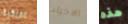
الفلكية الاحياء هذه